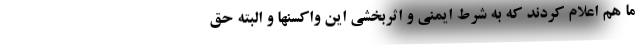
ما هم اعلام کردند که به شرط ایمنی و اثربخشی این واکسنها و البته حق